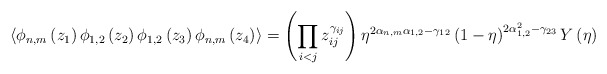
\begin{align*}\langle \phi _{n,m}\left(z_{1} \right)\phi _{1,2}\left(z_{2} \right)\phi _{1,2}\left(z_{3} \right)\phi_{n,m}\left(z_{4} \right)\rangle=\left(\prod_{i<j}z_{ij}^{\gamma _{ij}} \right)\eta^{2\alpha_{n,m}\alpha_{1,2}-\gamma _{12}} \left(1-\eta \right)^{2\alpha _{1,2}^{2}-\gamma _{23}} Y\left(\eta \right)\end{align*}